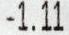
-1.11